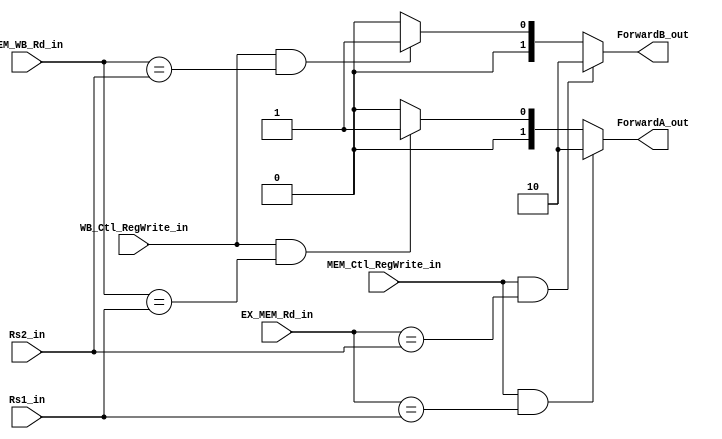
`timescale 1ns / 1ps

module Forwarding_unit(
	input MEM_Ctl_RegWrite_in, WB_Ctl_RegWrite_in,
	input [4:0] Rs1_in, Rs2_in, EX_MEM_Rd_in, MEM_WB_Rd_in,
	output [1:0] ForwardA_out, ForwardB_out
   );
	 
	assign ForwardA_out = (MEM_Ctl_RegWrite_in && (EX_MEM_Rd_in == Rs1_in) ) ? 2'b10:
								  (WB_Ctl_RegWrite_in && (MEM_WB_Rd_in == Rs1_in) ) ? 2'b01: 2'b00;
								
	assign ForwardB_out = (MEM_Ctl_RegWrite_in && (EX_MEM_Rd_in == Rs2_in) ) ? 2'b10:
								  (WB_Ctl_RegWrite_in && (MEM_WB_Rd_in == Rs2_in) ) ? 2'b01: 2'b00;
endmodule